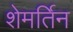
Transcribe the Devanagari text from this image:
शेमर्तिन